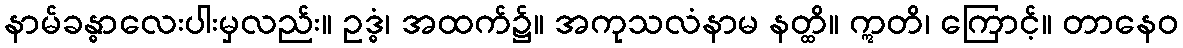
နာမ်ခန္ဓာလေးပါးမှလည်း။ ဥဒ္ဓံ၊ အထက်၌။ အကုသလံနာမ နတ္ထိ။ ဣတိ၊ ကြောင့်။ တာနေဝ